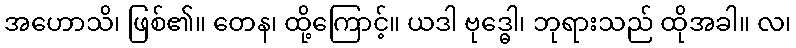
အဟောသိ၊ ဖြစ်၏။ တေန၊ ထို့ကြောင့်။ ယဒါ ဗုဒ္ဓေါ၊ ဘုရားသည် ထိုအခါ။ လ၊